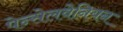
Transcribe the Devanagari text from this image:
पेन्सेलवेनियन